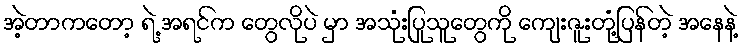
အဲ့တာကတော့ ရဲ့ အရင်က တွေလိုပဲ မှာ အသုံးပြုသူတွေကို ကျေးဇူးတုံ့ပြန်တဲ့ အနေနဲ့